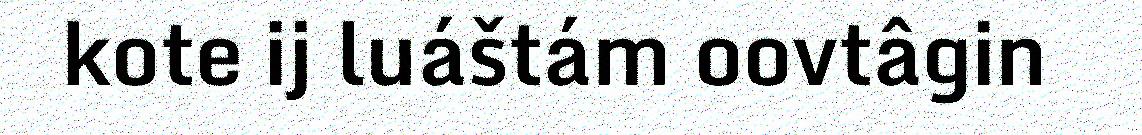
kote ij luáštám oovtâgin